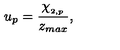
u _ { p } = \frac { \chi _ { _ { 2 , p } } } { z _ { m a x } } ,